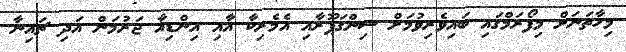
މިހާތަނަށް މިފޯރަމްގައި ބައިވެރިވުމަށް ސިންގަޕޫރާއި އެމެރިކާ އާއި އިންޑިއާ ޖަރުމަން އަދި ޗައިނާ